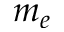
m _ { e }